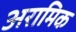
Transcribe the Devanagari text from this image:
अरामिक